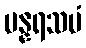
ပန္နရသမံ